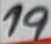
Text: 19